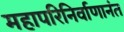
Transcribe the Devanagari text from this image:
महापरिनिर्वाणानंत